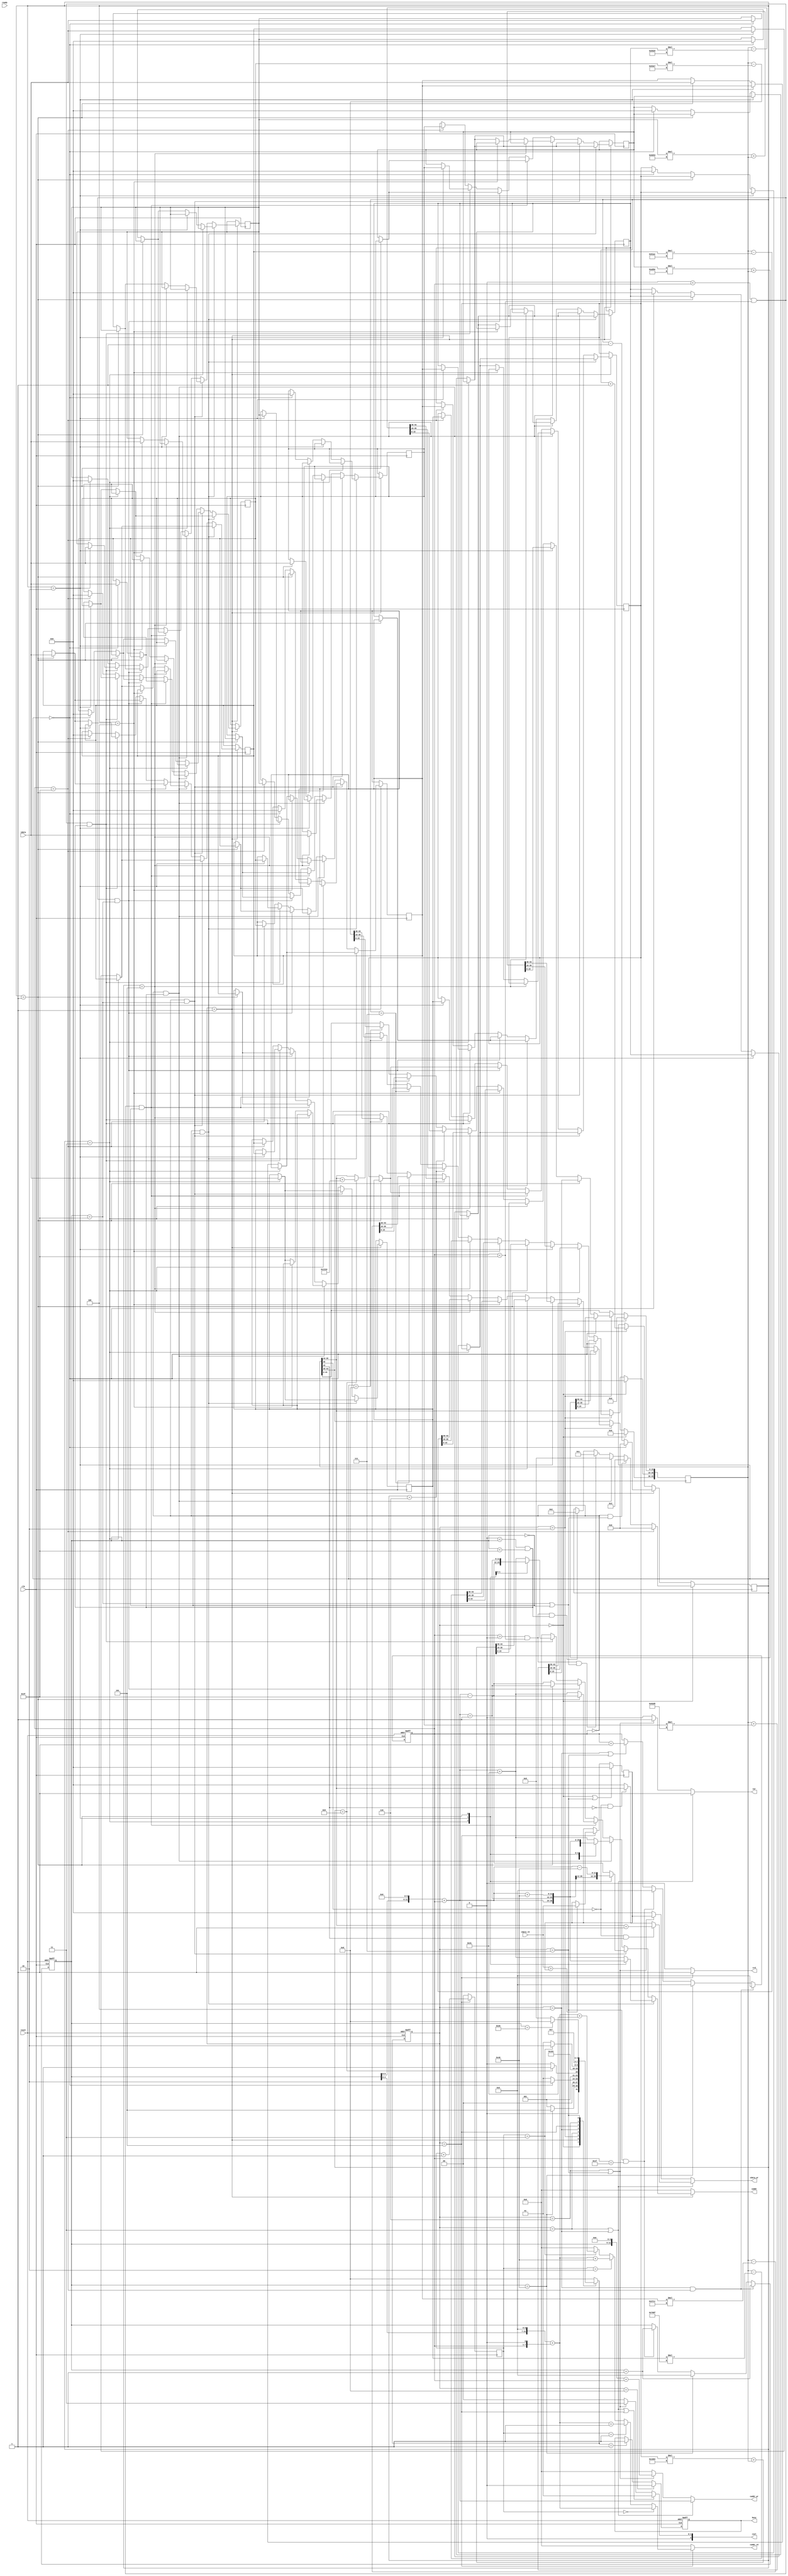

`timescale 1ns/10ps

module  CONV(
	input		clk,
	input		reset,
	output reg	busy,	
	input		ready,	
			
	output reg [11:0]	iaddr,
	input[19:0]		idata,	
	
	output reg	 	cwr,
	output reg [11:0] 	caddr_wr,
	output reg [19:0]	cdata_wr,
	
	output reg	 	crd,
	output reg [11:0]caddr_rd,
	input[19:0] 	cdata_rd,
	
	output reg [2:0] 	csel
	);

reg [3:0] state , next_state;
reg [6:0] x,y;
reg [3:0] counter;
reg [43:0] buffer_out;
reg [19:0] buffer [8:0]; 

reg [19:0] max;
reg [1:0] counter_out;

parameter	idle=0,
			read=1,
			work=2,
			out_0=3,
			out_0_temp=4,
			pooling=5,
			out_1=6,
			out_1_temp=7,
			finish=8;
always@(posedge clk or posedge reset)begin
	if(reset)
		state<=idle;
	else
		state<=next_state;
end

always@(*)begin
	case(state)
		idle:begin
			if( y == 64)
				next_state=pooling;
			else
				next_state=read;
		end
		read:begin
			if(counter == 0)
				next_state=work;
			else
				next_state=read;
		end
		
		work:begin
			if(counter==9)
				next_state=out_0;
			else
				next_state=work;
		end
		
		out_0:
			next_state=out_0_temp;
			
		out_0_temp:
			next_state=idle;
			
		pooling:begin
			if(counter_out==3)
				next_state=out_1;
			else
				next_state=pooling;
		end
		
		out_1:
			next_state=out_1_temp;
			
		out_1_temp:begin
			if(y==32)
				next_state=finish;
			else
				next_state=pooling;
		end
		
		default:
			next_state = finish;
	endcase
end

//busy
always@(posedge clk or posedge reset)begin
	if( reset )
		busy <= 0;
	else if(state==finish)
		busy<=0;
	else if(next_state==read)
		busy<=1;
end

//cwr
always@(* )begin
	if(state==out_0 || state==out_0_temp)
		cwr=1;
	else if(state==out_1 || state==out_1_temp)
		cwr=1;
	else
		cwr=0;
end

//crd
always@(*)begin
	if(state==pooling)
		crd=1;
	else
		crd=0;
end

//counter
always@(posedge clk)begin
	if(state==idle)begin
		if(x==63)
			counter<=0;
		else if(x==0 && (y ==63 || y==0))
			counter<=3;
		else if(x==0 && (0<y && y<63))
			counter<=5;
		else if((x>0 && x<63) && (y==0 || y==63))
			counter<=1;
		else if((x>0 && x<63) && (0<y && y<63))
			counter<=2;
		end
	else if(state==read)begin
		if(counter==0)
			counter<=0;
		else
			counter<=counter-1;
	end
	else if(state==work)
		counter<=counter+1;
end

//xy
always@(posedge clk or posedge reset)begin
	if(reset)begin
		x<=0;
		y<=0;
	end
	else if(state==out_0_temp && x==63)begin
		y<=y+1;
		x<=0;
	end
	else if(y==64)begin
		x<=0;
		y<=0;
	end
	else if(state==out_1_temp && x==31)begin
		y<=y+1;
		x<=0;
	end
	else if(state==out_0_temp || state==out_1_temp)
		x<=x+1;
end

//caddr_wr
always@(*)begin
	if(state==out_0 || state==out_0_temp)
		caddr_wr= (y<<6)+x;
	else if(state==out_1 || state==out_1_temp)
		caddr_wr= (y<<5)+x;
	else
		caddr_wr=0;
end

//caddr_rd
always@(*)begin
	if(state==pooling)
		if(counter_out==0)
			caddr_rd = (y << 7) + (x<<1);
		else if(counter_out==1)
			caddr_rd = (y << 7) + (x<<1) + 1;
		else if(counter_out==2)
			caddr_rd = (y << 7) + (x<<1) + 64;
		else if(counter_out==3)
			caddr_rd = (y << 7) + (x<<1) + 65;
		else
			caddr_rd = 0;
	else
		caddr_rd = 0;	
end			

//cdata_wr
always@(*)begin
	if(state==out_0 || state==out_0_temp)
	begin
		if( buffer_out[35]== 0 && buffer_out [15] == 1 )
			cdata_wr = buffer_out [35:16] + 1;
		else if( buffer_out[35]== 0 && buffer_out [15] == 0 )
			cdata_wr = buffer_out [35:16];
		else
			cdata_wr = 0;
	end
	else if(state==out_1 || state==out_1_temp)
		cdata_wr = max;
	else
		cdata_wr = 0;
end

//max
always@(posedge clk)begin
	if(state==idle || state == out_1_temp)
		max <= 0;
	
	else if( state == pooling )begin
		if( cdata_rd > max )
			max <= cdata_rd;
	end
end		

//iaddr
always@(*)begin
		if(state==read )begin

			if(x==0 && y ==0)begin
				case(counter)
				3: iaddr=(y<<6)+x;
				2: iaddr=(y<<6)+x+1;
				1: iaddr=(y<<6)+x+64;
				default: iaddr=(y<<6)+x+65;
			endcase
		end
			else if(x==0 && y ==63)begin
			case(counter)
				3: iaddr=(y<<6)+x;
				2: iaddr=(y<<6)+x+1;
				1: iaddr=(y<<6)+x-64;
				default: iaddr=(y<<6)+x-63;
			endcase
		end
			else if(x==0 && (0<y && y<63))begin
			case(counter)
				5: iaddr=(y<<6)+x-64;
				4: iaddr=(y<<6)+x-63;
				3: iaddr=(y<<6)+x;
				2: iaddr=(y<<6)+x+1;
				1: iaddr=(y<<6)+x+64;
				default: iaddr=(y<<6)+x+65;
			endcase
		end	
			else if((0<x && x<63) && y==0)begin
			case(counter)
				1: iaddr=(y<<6)+x+1;
				default: iaddr=(y<<6)+x+65;
			endcase
		end
			else if((0<x && x<63)  && y==63)begin
			case(counter)
				1: iaddr=(y<<6)+x+1;
				default: iaddr=(y<<6)+x-63;
			endcase
		end
		
			
			else if((0<x && x<63) && (0<y && y<63))begin
			case(counter)
				2: iaddr=(y<<6)+x-63;
				1: iaddr=(y<<6)+x+1;
				default: iaddr=(y<<6)+x+65;
			endcase
		end
			else
				iaddr=0;
		end
		else
			iaddr=0;
end

//buffer
always@(posedge clk)begin

	if(state == read)begin
		if(x==0 && y==0)begin
			if(counter == 3)
				buffer [4] <= idata;
			else if( counter == 2)
				buffer [5] <= idata;
			else if( counter == 1)
				buffer [7] <= idata;
			else if( counter == 0)begin
				buffer [8] <= idata;
				buffer [0] <= 0;
				buffer [1] <= 0;
				buffer [2] <= 0;
				buffer [3] <= 0;
				buffer [6] <= 0;
			end
			
		end
		
		else if(x==0 && y==63)begin
			if(counter == 3)
				buffer [4] <= idata;
			else if( counter == 2)
				buffer [5] <= idata;
			else if( counter == 1)
				buffer [1] <= idata;
			else if( counter == 0)begin
				buffer [2] <= idata;
				buffer [0] <= 0;
				buffer [3] <= 0;
				buffer [6] <= 0;
				buffer [7] <= 0;
				buffer [8] <= 0;
			end
		end
		
		else if(x==0 && (0<y && y<63))begin
			if(counter == 5)
				buffer [1] <= idata;
			else if( counter == 4)
				buffer [2] <= idata;
			else if( counter == 3)
				buffer [4] <= idata;
			else if( counter == 2)
				buffer [5] <= idata;
			else if( counter == 1)
				buffer [7] <= idata;
			else if( counter == 0)begin
				buffer [8] <= idata;
				buffer [0] <= 0;
				buffer [3] <= 0;
				buffer [6] <= 0;
			end
		end
		
		else if((0<x && x<63) && y==0)begin
			if(counter == 1)begin
				buffer [5] <= idata;
				buffer [0] <= buffer [1];
				buffer [3] <= buffer [4];
				buffer [6] <= buffer [7];
				buffer [1] <= buffer [2];
				buffer [4] <= buffer [5];
				buffer [7] <= buffer [8];
			end
			else if( counter == 0)begin
				buffer [8] <= idata;
				buffer[2]<=0;
			end
		end
		
		else if((0<x && x<63) && y==63)begin
			if(counter == 1)begin
				buffer [5] <= idata;
				buffer [0] <= buffer [1];
				buffer [3] <= buffer [4];
				buffer [6] <= buffer [7];
				buffer [1] <= buffer [2];
				buffer [4] <= buffer [5];
				buffer [7] <= buffer [8];
			end
			else if( counter == 0)begin
				buffer [2] <= idata;
				buffer[8]<=0;

			end
		end
		
		else if((0<x && x<63) && (0<y && y<63))begin
			if(counter == 2)begin
				buffer [2] <= idata;
				buffer [0] <= buffer [1];
				buffer [3] <= buffer [4];
				buffer [6] <= buffer [7];
				buffer [1] <= buffer [2];
				buffer [4] <= buffer [5];
				buffer [7] <= buffer [8];
			end
			else if( counter == 1)
				buffer [5] <= idata;
			else if( counter == 0)begin
				buffer [8] <= idata;

			end
		end
		else if(x==63)begin
				buffer [0] <= buffer [1];
				buffer [3] <= buffer [4];
				buffer [6] <= buffer [7];
				buffer [1] <= buffer [2];
				buffer [4] <= buffer [5];
				buffer [7] <= buffer [8];
				buffer [2] <= 0;
				buffer [5] <= 0;
				buffer [8] <= 0;
			end
	end
end

//buffer_out
always@(posedge clk)begin
	if(state==idle)
		buffer_out<=0;
	else if(state==work)begin
		if(counter==0)
			buffer_out<=(buffer[0]*20'h0A89E + buffer_out);
		else if(counter==1)
			buffer_out<=buffer_out+(buffer[1]*20'h092D5) ;
		else if(counter==2)
			buffer_out<=(buffer[2]*20'h06D43) + buffer_out;
		else if(counter==3)
			buffer_out<=(buffer[3]*20'h01004) + buffer_out;
		else if(counter==4)
			buffer_out<=(buffer_out) - buffer[4]*20'h0708F;
		else if(counter==5)
			buffer_out<=(buffer_out) - buffer[5]*20'h091AC;
		else if(counter==6)
			buffer_out<=(buffer_out) - buffer[6]*20'h05929;
		else if(counter==7)
			buffer_out<=(buffer_out) - buffer[7]*20'h037CC;
		else if(counter==8)
			buffer_out<=(buffer_out) - buffer[8]*20'h053E7;
		else if (counter==9)
			buffer_out[35:16]<=buffer_out[35:16]+20'h01310;
	end
end
//counter_out
always@(posedge clk)begin
	if(state==pooling)
		counter_out<=counter_out+1;
	else
		counter_out<=0;
end

//csel
always@(*)begin
	if( state == out_0 || state == out_0_temp || state == pooling )
		csel = 3'b001;
	else if( state == out_1 || state == out_1_temp )
		csel = 3'b011;
	else
		csel = 3'b000;
end

endmodule